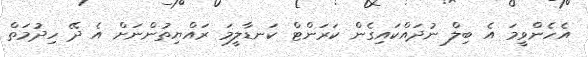
އެހެންވީމަ އެ ބިލް ނުދައްކައިގެން ކަރަންޓް ކަނޑާލީމަ ރައްޔިތުންނަށް އެ ދޭ ހިދުމަތް